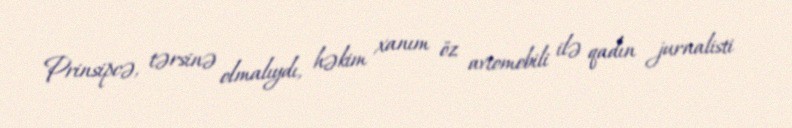
Prinsipcə, tərsinə olmalıydı, həkim xanım öz avtomobili ilə qadın jurnalisti